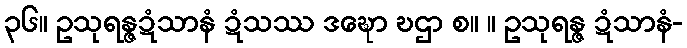
၃၆။ ဥသုရန္ဇဍံသာနံ ဍံသဿ ဒဍ္ဎော ဎဌာ စ။ ။ ဥသုရန္ဇ ဍံသာနံ-